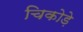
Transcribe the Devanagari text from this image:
चिकोड़े